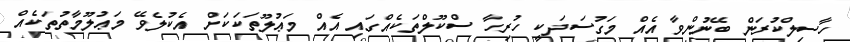
ހާސިލްކުރަން ބޭނުންވާ އެއް މަގުސަދަކީ ހުރިހާ ސްކޫލްތަކެއްގައި އެއް މަޢުލޫތަކަކަށް އެކުލެވޭ މަޢުލޫމާތުތަކެއް